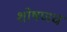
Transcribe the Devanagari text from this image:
शोषणच